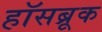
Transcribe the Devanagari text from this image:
हॉसब्रूक